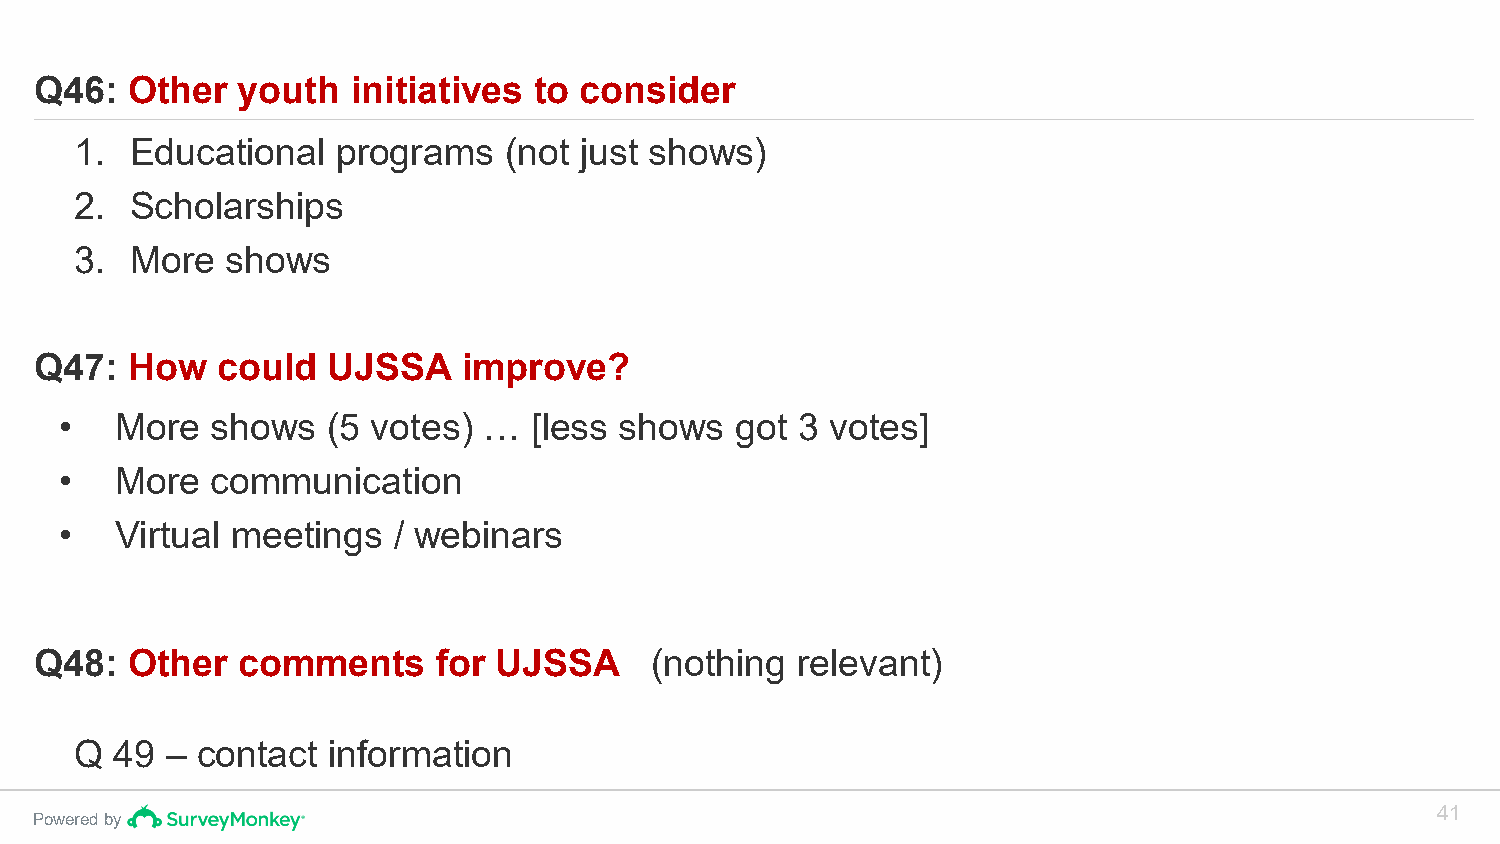
Q46:  Other   youth  initiatives to consider
 1.  Educational  programs   (not just shows)
 2.  Scholarships
 3.  More  shows
 Q47:  How   could   UJSSA    improve?
 •   More  shows   (5 votes) …  [less shows   got 3 votes]
 •   More  communication
 •   Virtual meetings  / webinars
 Q48:  Other   comments     for UJSSA     (nothing  relevant)
 Q  49 – contact  information
 41
 Powered by